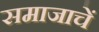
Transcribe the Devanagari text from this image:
समाजाचें